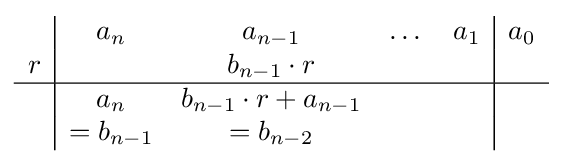
{\begin{array}{c|c c c c|c}&a_{n}&a_{n-1}&\dots &a_{1}&a_{0}\\r&&b_{n-1}\cdot r&&&\\\hline &a_{n}&b_{n-1}\cdot r+a_{n-1}&&&\\&=b_{n-1}&=b_{n-2}&&&\end{array}}